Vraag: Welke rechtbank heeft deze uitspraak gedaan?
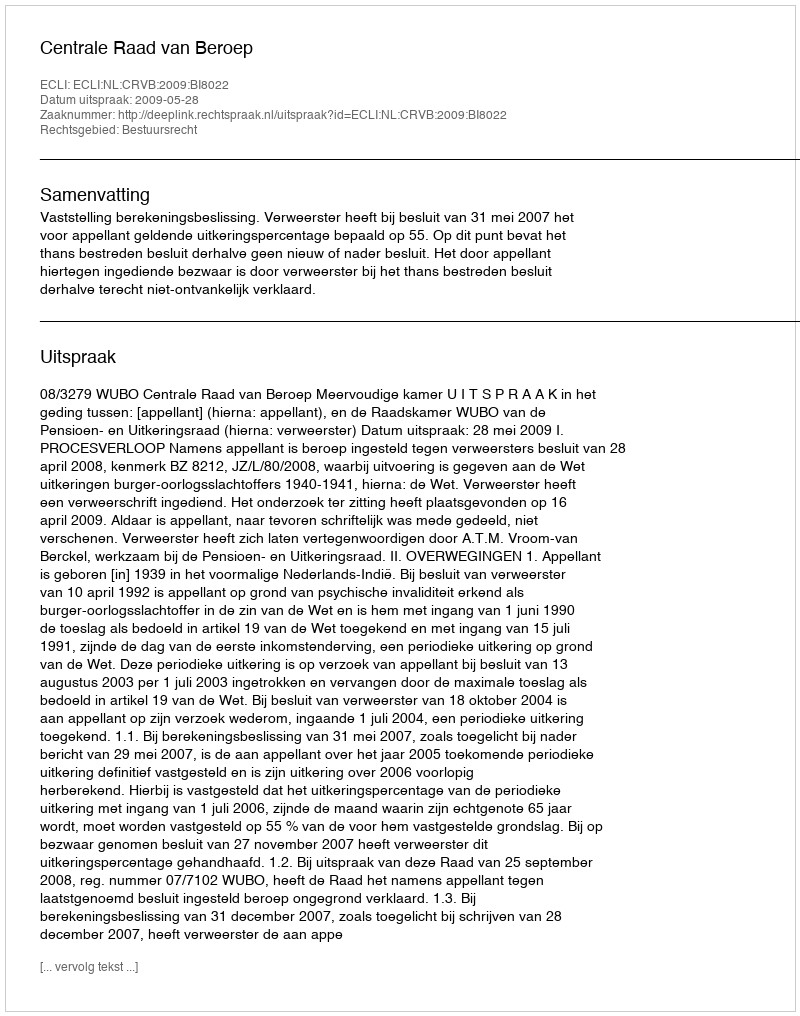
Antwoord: Centrale Raad van Beroep